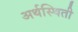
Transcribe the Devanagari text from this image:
अर्थस्थिती